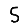
Digit: 5